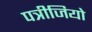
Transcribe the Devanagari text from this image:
पत्रीजियो